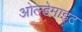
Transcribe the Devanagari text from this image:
ओल्डेमाइट